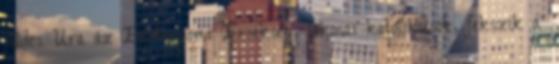
földes Ura az Esztergomi Érsekség, lakosai katolikusok, fekszik a’